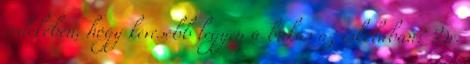
érdekében, hogy kevesebb legyen a bukás az iskolában? Dr.